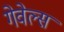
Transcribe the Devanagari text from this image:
गेवेल्स